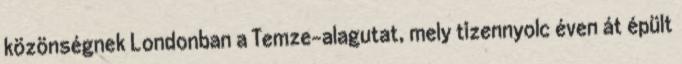
közönségnek Londonban a Temze-alagutat, mely tizennyolc éven át épült